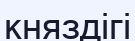
княздігі